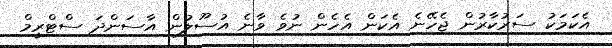
އެކަމަކު ސަރުކާރުން ޖެހޭނެ އެކަން އެހެން ނުވެ ވާނެ އުސޫލުން އާސަންދަ ސްޓްރީމް